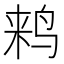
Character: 𱉵